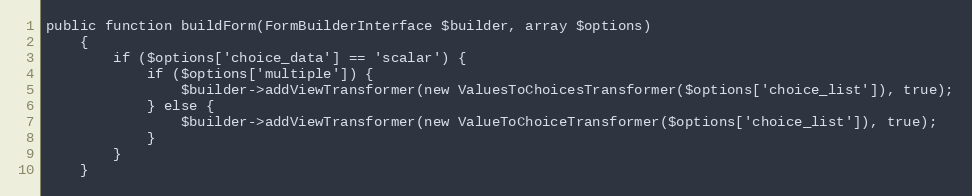
Language: PHP
public function buildForm(FormBuilderInterface $builder, array $options)
    {
        if ($options['choice_data'] == 'scalar') {
            if ($options['multiple']) {
                $builder->addViewTransformer(new ValuesToChoicesTransformer($options['choice_list']), true);
            } else {
                $builder->addViewTransformer(new ValueToChoiceTransformer($options['choice_list']), true);
            }
        }
    }